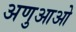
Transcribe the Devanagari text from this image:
अणुआओ